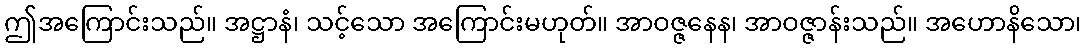
ဤအကြောင်းသည်။ အဋ္ဌာနံ၊ သင့်သော အကြောင်းမဟုတ်။ အာဝဇ္ဇနေန၊ အာဝဇ္ဇာန်းသည်။ အဟောနိသော၊